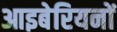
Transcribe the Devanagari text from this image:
आइबेरियनों